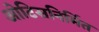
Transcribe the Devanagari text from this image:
ओटिसनिर्मित